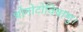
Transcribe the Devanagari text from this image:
थोगोटोविषाणु।